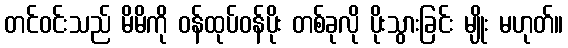
တင်ဝင်းသည် မိမိကို ဝန်ထုပ်ဝန်ပိုး တစ်ခုလို ပိုးသွားခြင်း မျိုး မဟုတ်။